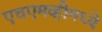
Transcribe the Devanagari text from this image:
एचएमव्हीमध्ये